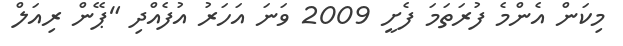
މިކަން އެންމެ ފުރަތަމަ ފެށީ 2009 ވަނަ އަހަރު އުފެެއްދި "ޕޭން ރިއަލް